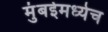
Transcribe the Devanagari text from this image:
मुंबईमध्येच